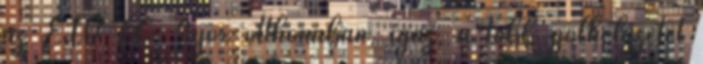
az ETO FC Győr otthonában, igaz, a több gólhelyzetet